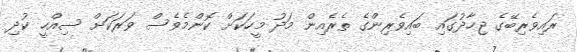
ރައިވެރިބޭގެ ޖިހާދުގައި ބައިވެރިންގެ ތެރެއިން މަދު މީހަކަށްް ކޮންމެވެސް ވަރަކަށް ސިއްހީ ކުދި